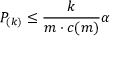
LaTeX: P _ { ( k ) } \leq { \frac { k } { m \cdot c ( m ) } } \alpha